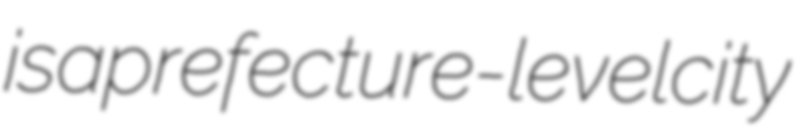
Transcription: is a prefecture-level city